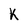
Character: k